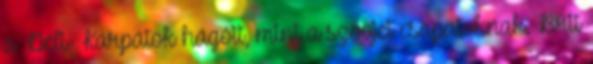
a Déli- Kárpátok hágóit, mint a szovjet csapatoknak. Brit